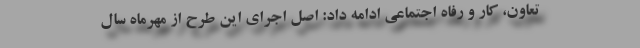
تعاون، کار و رفاه اجتماعی ادامه داد: اصل اجرای این طرح از مهرماه سال